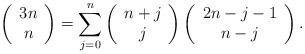
LaTeX: \begin{align*}\left( \begin{array}{c}3n \\ n\end{array}\right) =\sum_{j=0}^{n}\left( \begin{array}{c}n+j \\ j\end{array}\right) \left( \begin{array}{c}2n-j-1 \\ n-j\end{array}\right) . \end{align*}